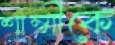
শাম্মীকে